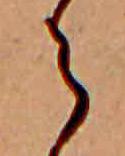
ら